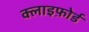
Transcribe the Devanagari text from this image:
क्लाइफ़ोर्ड